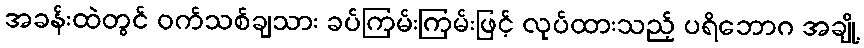
အခန်းထဲတွင် ဝက်သစ်ချသား ခပ်ကြမ်းကြမ်းဖြင့် လုပ်ထားသည့် ပရိဘောဂ အချို့